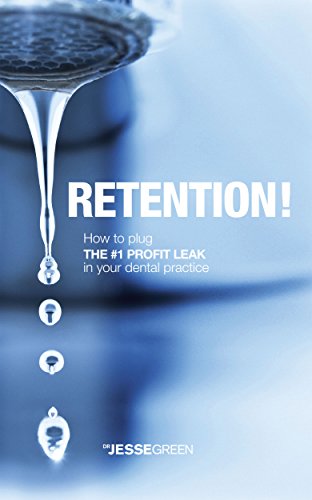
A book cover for Retention: How to plug the #1 profit leak in your dental practice; Jesse Green; Medical Books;